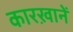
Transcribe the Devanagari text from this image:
कारख़ानें